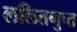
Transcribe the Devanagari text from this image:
ललितगुप्त